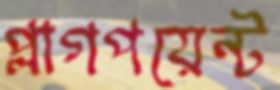
প্লাগপয়েন্ট